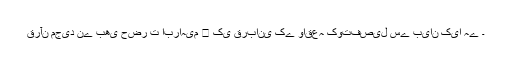
قرآن مجید نے بھی حضر ت ابراہیم ﷤ کی قربانی کے واقعہ کوتفصیل سے بیان کیا ہے ۔